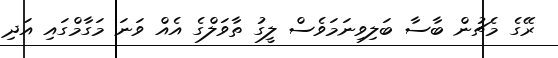
ރޭގެ މެޗުން ބާސާ ބަލިވިނަމަވެސް ލީގު ތާވަލްގެ އެއް ވަނަ މަގާމްގައި އަދި